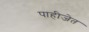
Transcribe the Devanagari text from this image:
पाहीजेत